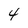
Character: 4